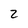
Character: 2